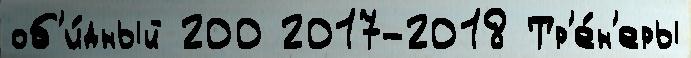
об'и́дный 200 2017-2018 Тр'е́н'еры